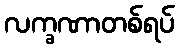
လက္ခဏာတစ်ရပ်